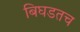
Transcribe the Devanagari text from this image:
बिघडतच